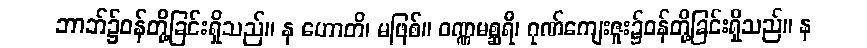
ဘာဘ်၌ဝန်တို့ခြင်းရှိသည်။ န ဟောတိ၊ မဖြစ်။ ဝဏ္ဏမစ္ဆရီ၊ ဂုဏ်ကျေးဇူး၌ဝန်တို့ခြင်းရှိသည်။ န